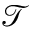
\mathcal { T }